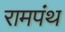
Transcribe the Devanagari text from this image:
रामपंथ